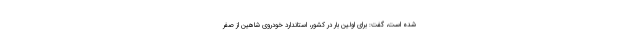
شده است، گفت: برای اولین بار در کشور، استاندارد خودروی شاهین از صفر